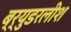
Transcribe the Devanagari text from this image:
ब्र्युडरलीश